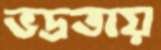
ভদ্রতায়